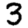
Digit: 3